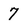
Character: 7